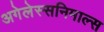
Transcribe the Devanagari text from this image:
अगेलेस्सनिमाल्स